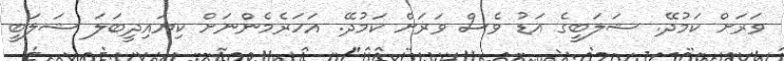
ވަރަށް ކަމުދޭ. ޝަލަބީގެ އަޑު ވެސް ވަރަށް ކަމުދޭ. އަހަރެމެންނަށް ކިޔައިދީބަލަ ޝަލަބީ